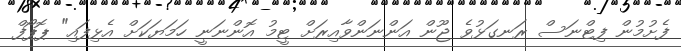
ފެށުމުން ފިޓްނަސް ރަނގަޅުވެ ޖޫން އަންނަންވާއިރަށް ޓީމު އޮންނަނީ ހަމަޔަކަށް އެޅިފައި" ޕޮޕޯފް